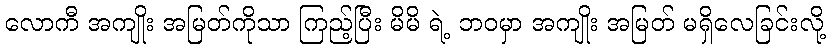
လောကီ အကျိုး အမြတ်ကိုသာ ကြည့်ပြီး မိမိ ရဲ့ ဘဝမှာ အကျိုး အမြတ် မရှိလေခြင်းလို့